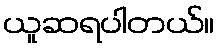
ယူဆရပါတယ်။